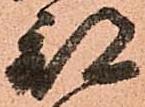
部